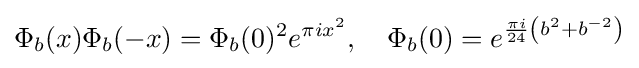
\Phi _{b}(x)\Phi _{b}(-x)=\Phi _{b}(0)^{2}e^{\pi ix^{2}},\quad \Phi _{b}(0)=e^{{\frac {\pi i}{24}}\left(b^{2}+b^{-2}\right)}